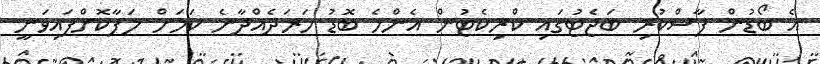
އެ ބޯޑުން ފާސްކުރި ބަޖެޓުގައި ކްރިކެޓުން އެންމެ ބޮޑު ހަރަދެއްދާނެ ކަމަށް ލަފާކޮށްފައިވަނީ